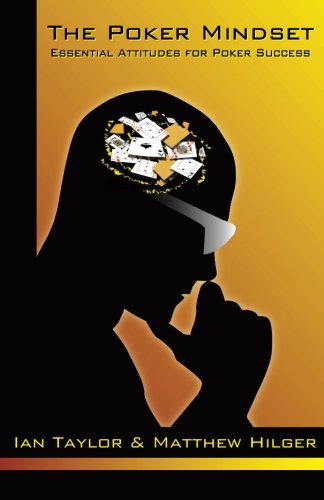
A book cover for The Poker Mindset: Essential Attitudes for Poker Success; Matthew Hilger; Humor & Entertainment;